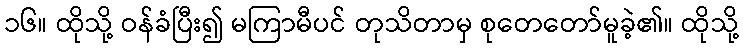
၁၆။ ထိုသို့ ဝန်ခံပြီး၍ မကြာမီပင် တုသိတာမှ စုတေတော်မူခဲ့၏။ ထိုသို့